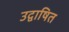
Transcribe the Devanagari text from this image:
उद्वाषित